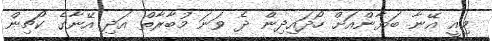
މިއީ އޭނާ ބަޔާންއަށް ހޯދައިދިން ދެ ވަނަ މުބާރާތް އަދި އޭނާގެ ކޯޗިން